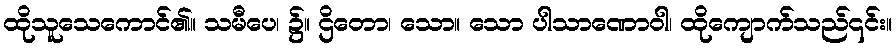
ထိုသူသေကောင်၏။ သမီပေ၊ ၌။ ဌိတော၊ သော။ သော ပါသာဏောဝါ၊ ထိုကျောက်သည်၎င်း။